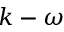
k - \omega